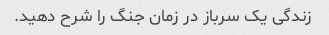
زندگی یک سرباز در زمان جنگ را شرح دهید.